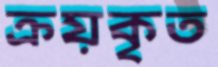
ক্রয়কৃত